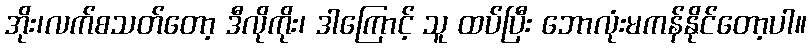
အိုး၊လက်စသတ်တော့ ဒီလိုကိုး၊ ဒါကြောင့် သူ ထပ်ပြီး ဘောလုံးမကန်နိုင်တော့ပါ။